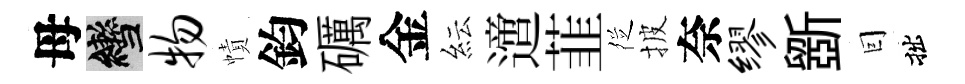
母轡物幘鈞礪金紜𨗁韮徔披奈缪斵囙拙